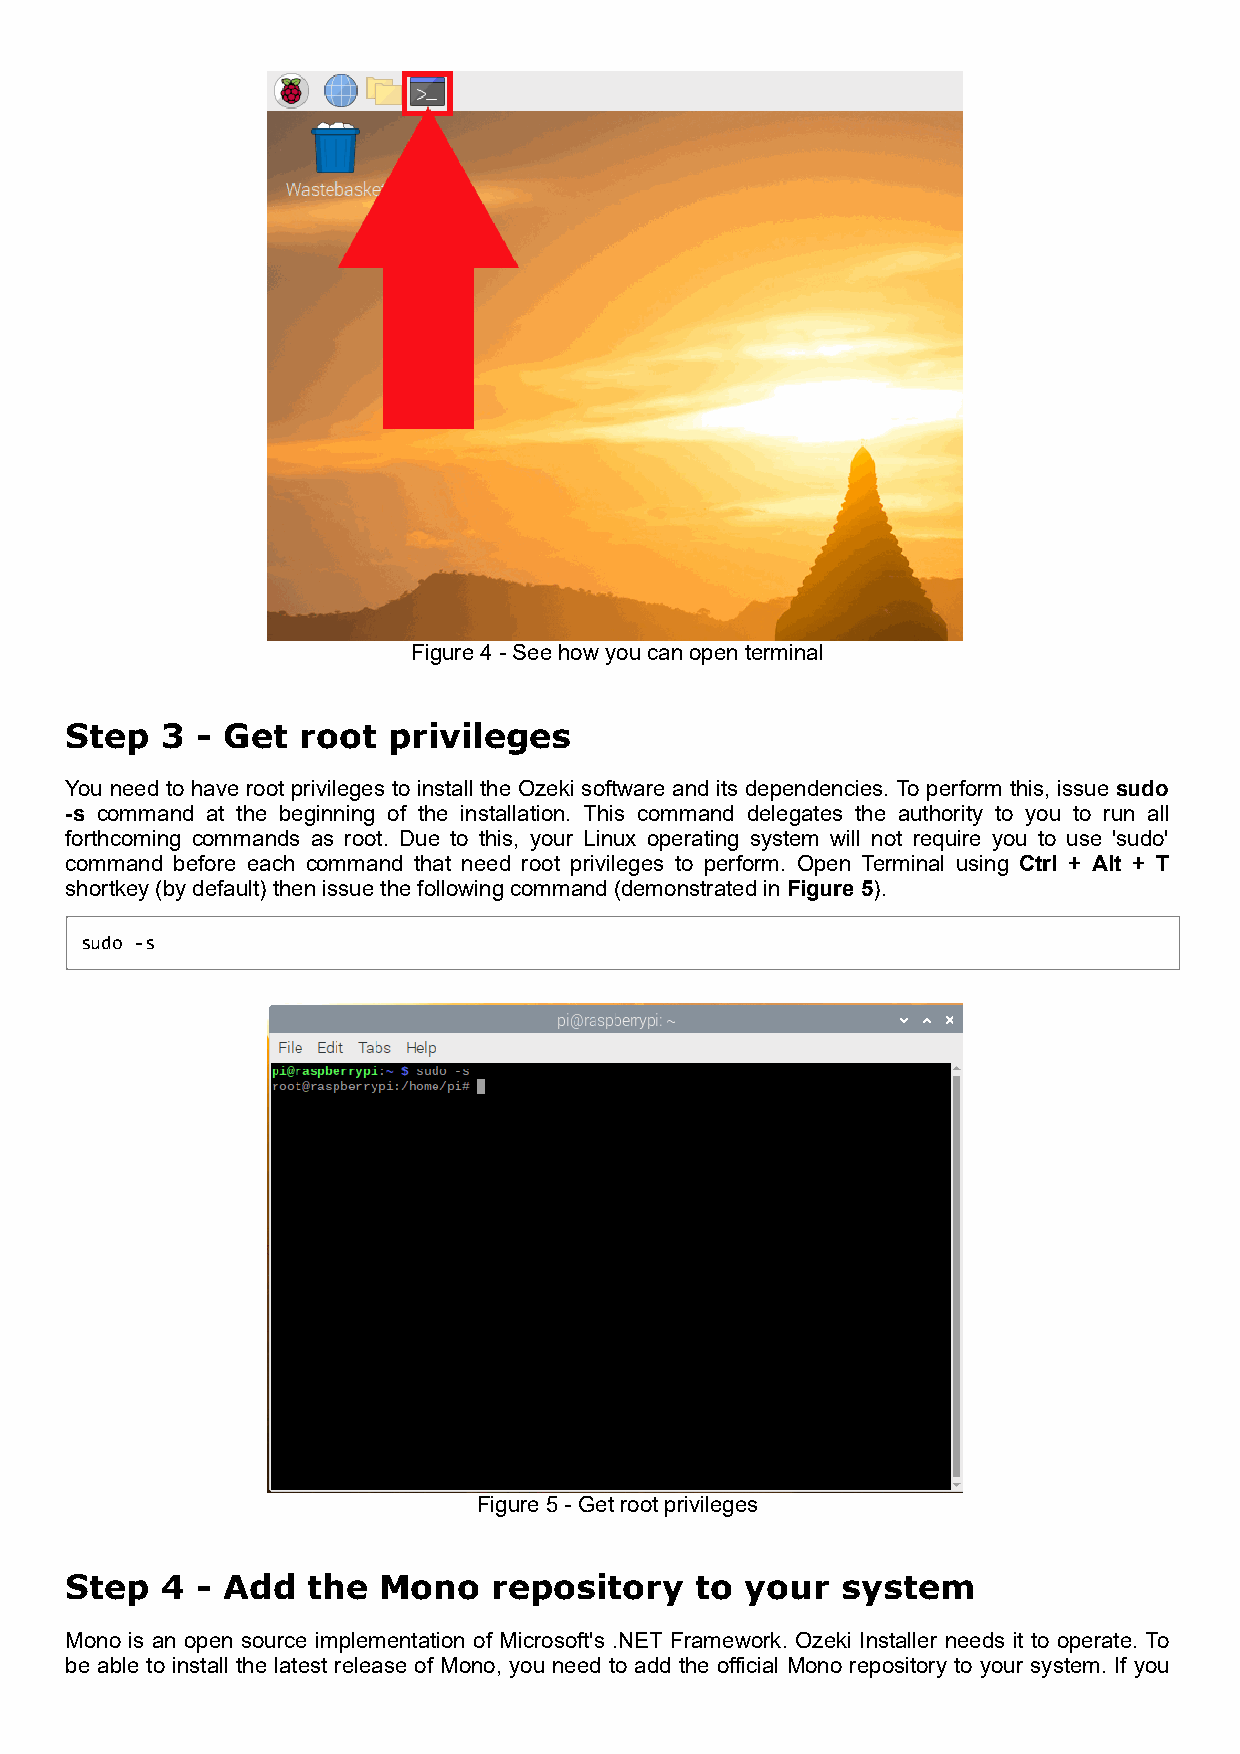
Figure 4 - See how you can open terminal
 Step   3 - Get  root  privileges
 You need to have root privileges to install the Ozeki software and its dependencies. To perform this, issue sudo
 -s command at the beginning of the installation. This command delegates the authority to you to run all
 forthcoming commands as root. Due to this, your Linux operating system will not require you to use 'sudo'
 command before each command that need root privileges to perform. Open Terminal using Ctrl + Alt + T
 shortkey (by default) then issue the following command (demonstrated in Figure 5).
 sudo -s
 Figure 5 - Get root privileges
 Step   4 - Add  the  Mono    repository   to your   system
 Mono is an open source implementation of Microsoft's .NET Framework. Ozeki Installer needs it to operate. To
 be able to install the latest release of Mono, you need to add the official Mono repository to your system. If you